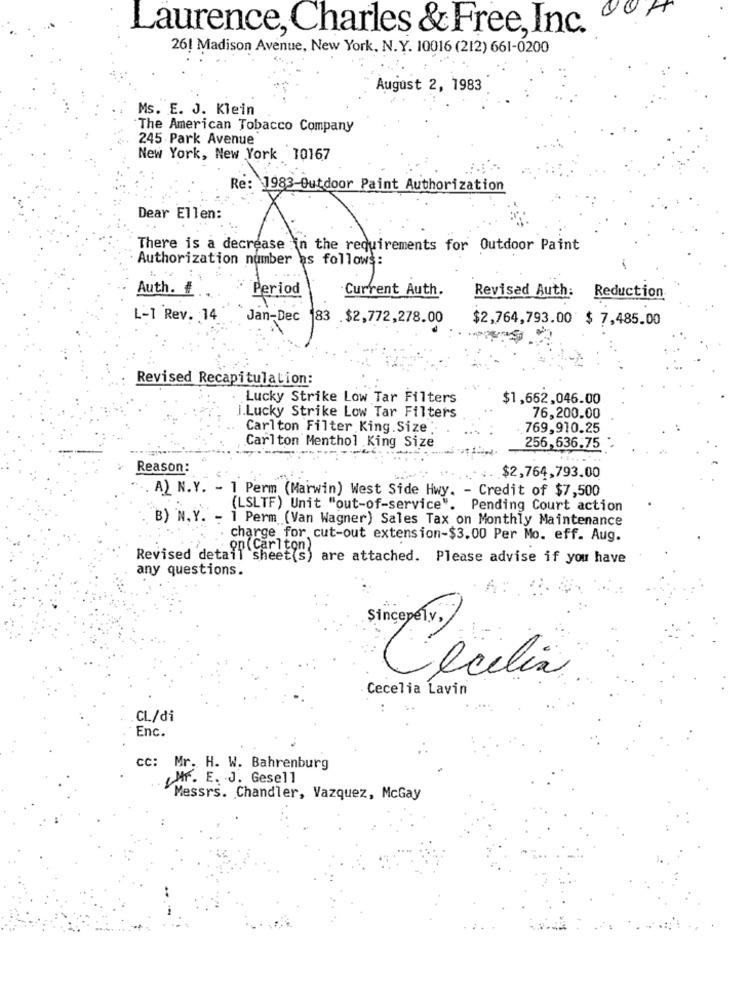
Laurence, Charles & Free, Inc.
26! Madison Avenue, New York, N.Y. 10016 (212) 661-0200
August 2, 1983
Ms. E. J. Klein
The American Tobacco Company
245 Park Avenue
New York, New York 10167
Re: 1983-Outdoor Paint Authorization
Dear Ellen:
There is a decrease in the requirements for Outdoor Paint
Authorization number as follows:
1.
Auth. #
Period
Current Auth.
Revised Auth: Reduction
L-1 Rev. 14
Jan-Dec 183 .$2,772,278.00
$2,764,793.00 $ 7,485.00
Revised Recapitulation:
Lucky Strike Low Tar Filters
$1,662,046.00
j.Lucky Strike Low Tar Filters
76,200.00
Carlton Filter King Size
769,910.25
Carlton Menthol King Size
256,636.75
Reason:
.$2,764,793.00
A) N.Y. - 1 Perm (Marwin) West Side Hwy. - Credit of $7,500
(LSLTF) Unit "out-of-service". Pending Court action
B) N.Y. - 1 Perm (Van Wagner) Sales Tax on Monthly Maintenance
charge for cut-out extension-$3.00 Per Mo. eff. Aug.
on ( Carlton)
Revised detail sheet(s) are attached. Please advise if you have
any questions.
A
Sincerely,
Cecilia
Cecelia Lavin
CL/di
Enc.
cc: Mr. H. W. Bahrenburg
MF. E. J. Gesell
Messrs. Chandler, Vazquez, McGay